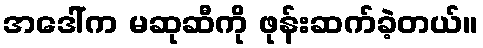
အဒေါ်က မဆုဆီကို ဖုန်းဆက်ခဲ့တယ်။